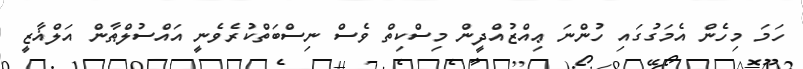
ހަމަ މިހެން އެމަގުގައި ހުންނަ ޢިއްޒުއްދީން މިސްކިތް ވެސް ނިސްބަތްކުރެވެނީ އައްސުލްޠާން އަލްޣާޒީ